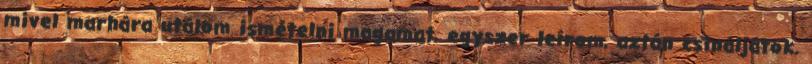
mivel marhára utálom ismételni magamat, egyszer leírom, aztán csináljátok.